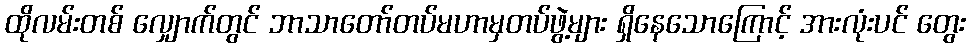
ထိုလမ်းတစ် လျှောက်တွင် ဘာသာတော်တပ်မဟာမှတပ်ဖွဲ့များ ရှိနေသောကြောင့် အားလုံးပင် တွေး